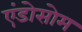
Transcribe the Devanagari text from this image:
एंडोसोम